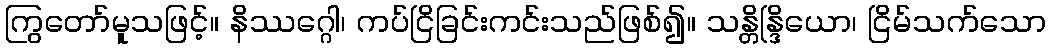
ကြွတော်မူသဖြင့်။ နိဿဂ္ဂေါ၊ ကပ်ငြိခြင်းကင်းသည်ဖြစ်၍။ သန္တိန္ဒြိယော၊ ငြိမ်သက်သော